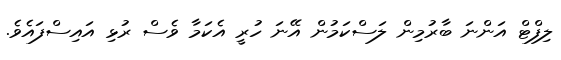
ލިފްޓް އަންނަ ބާރުމިން ލަސްކަމުން އޭނަ ހުރީ އެކަމާ ވެސް ރުޅި އައިސްފައެވެ.